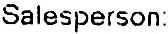
SALESPERSON: